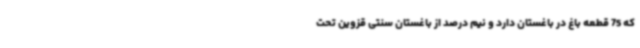
که 75 قطعه باغ در باغستان دارد و نیم درصد از باغستان سنتی قزوین تحت